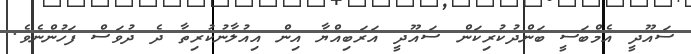
ސައޫދީ އެމްބަސީ ބަންދުކުރިކަން ސައޫދީ އަރަބިއްޔާ އިން އިއުލާނުކުރިތާ ދެ ދުވަސް ފަހުންނެވެ.